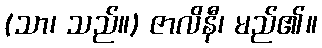
(သာ၊ သည်။) ဇာလိနီ၊ မည်၏။